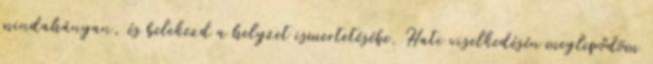
mindahányan, és belekezd a helyzet ismertetésébe. Hati viselkedésén meglepődöm